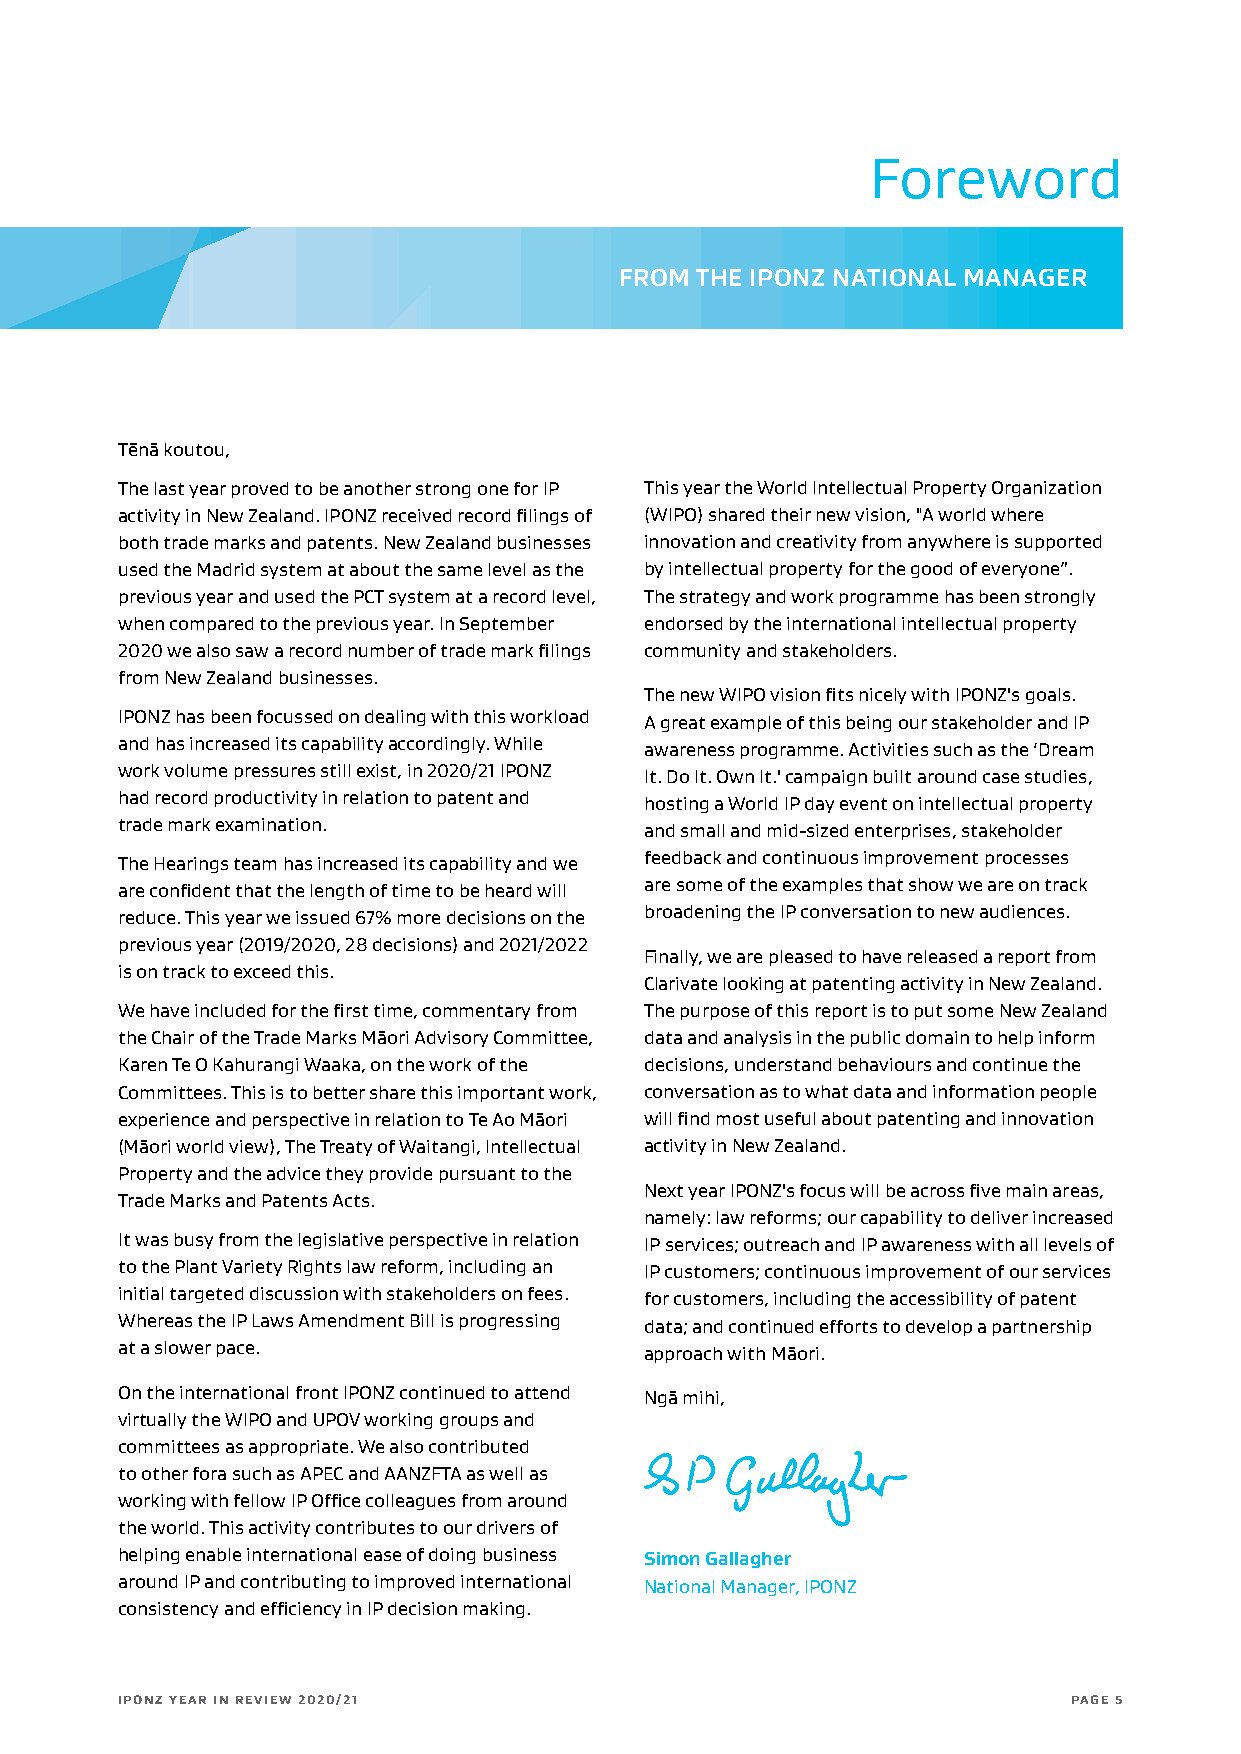
Foreword
 FROM THE IPONZ NATIONAL MANAGER
 Tēnā koutou,
 The last year proved to be another strong one for IP This year the World Intellectual Property Organization
 activity in New Zealand. IPONZ received record filings of (WIPO) shared their new vision, "A world where
 both trade marks and patents. New Zealand businesses innovation and creativity from anywhere is supported
 used the Madrid system at about the same level as the by intellectual property for the good of everyone”.
 previous year and used the PCT system at a record level, The strategy and work programme has been strongly
 when compared to the previous year. In September endorsed by the international intellectual property
 2020 we also saw a record number of trade mark filings community and stakeholders.
 from New Zealand businesses.
 The new WIPO vision fits nicely with IPONZ's goals.
 IPONZ has been focussed on dealing with this workload A great example of this being our stakeholder and IP
 and has increased its capability accordingly. While awareness programme. Activities such as the ‘Dream
 work volume pressures still exist, in 2020/21 IPONZ It. Do It. Own It.' campaign built around case studies,
 had record productivity in relation to patent and hosting a World IP day event on intellectual property
 trade mark examination.            and small and mid-sized enterprises, stakeholder
 The Hearings team has increased its capability and we feedback and continuous improvement processes
 are confident that the length of time to be heard will are some of the examples that show we are on track
 reduce. This year we issued 67% more decisions on the broadening the IP conversation to new audiences.
 previous year (2019/2020, 28 decisions) and 2021/2022
 Finally, we are pleased to have released a report from
 is on track to exceed this.
 Clarivate looking at patenting activity in New Zealand.
 We have included for the first time, commentary from The purpose of this report is to put some New Zealand
 the Chair of the Trade Marks Māori Advisory Committee, data and analysis in the public domain to help inform
 Karen Te O Kahurangi Waaka, on the work of the decisions, understand behaviours and continue the
 Committees. This is to better share this important work, conversation as to what data and information people
 experience and perspective in relation to Te Ao Māori will find most useful about patenting and innovation
 (Māori world view), The Treaty of Waitangi, Intellectual activity in New Zealand.
 Property and the advice they provide pursuant to the
 Next year IPONZ's focus will be across five main areas,
 Trade Marks and Patents Acts.
 namely: law reforms; our capability to deliver increased
 It was busy from the legislative perspective in relation IP services; outreach and IP awareness with all levels of
 to the Plant Variety Rights law reform, including an IP customers; continuous improvement of our services
 initial targeted discussion with stakeholders on fees. for customers, including the accessibility of patent
 Whereas the IP Laws Amendment Bill is progressing data; and continued efforts to develop a partnership
 at a slower pace.                  approach with Māori.
 On the international front IPONZ continued to attend Ngā mihi,
 virtually the WIPO and UPOV working groups and
 committees as appropriate. We also contributed
 to other fora such as APEC and AANZFTA as well as
 working with fellow IP Office colleagues from around
 the world. This activity contributes to our drivers of
 helping enable international ease of doing business Simon Gallagher
 around IP and contributing to improved international National Manager, IPONZ
 consistency and efficiency in IP decision making.
 IPONZ YEAR IN REVIEW 2020/21                                   PAGE 5